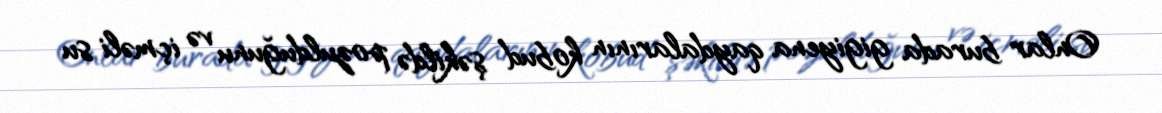
Onlar burada gigiyena qaydalarının kobud şəkildə pozulduğunu və içməli su